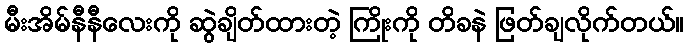
မီးအိမ်နီနီလေးကို ဆွဲချိတ်ထားတဲ့ ကြိုးကို တိခနဲ ဖြတ်ချလိုက်တယ်။